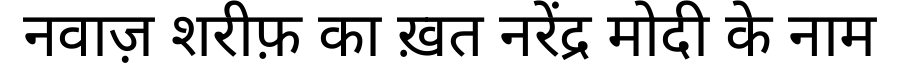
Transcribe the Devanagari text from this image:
नवाज़ शरीफ़ का ख़त नरेंद्र मोदी के नाम